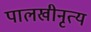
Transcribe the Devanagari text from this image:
पालखीनृत्य